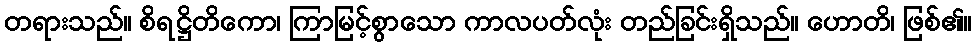
တရားသည်။ စိရဋ္ဌိတိကော၊ ကြာမြင့်စွာသော ကာလပတ်လုံး တည်ခြင်းရှိသည်။ ဟောတိ၊ ဖြစ်၏။